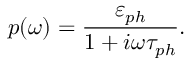
p ( \omega ) = \frac { \varepsilon _ { p h } } { 1 + i \omega \tau _ { p h } } .